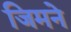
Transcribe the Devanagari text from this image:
जिमने